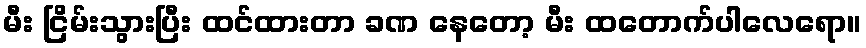
မီး ငြိမ်းသွားပြီး ထင်ထားတာ ခဏ နေတော့ မီး ထတောက်ပါလေရော။